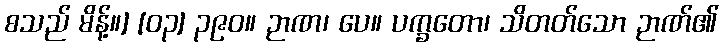
စသည် မိန့်။] [၀၃] ၃၉၀။ ဉာဏ၊ ပေ။ ပက္ခတော၊ သိတတ်သော ဉာဏ်၏